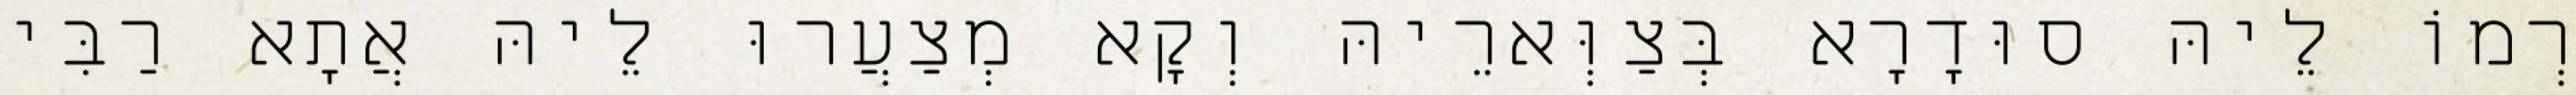
רְמוֹ לֵיהּ סוּדָרָא בְּצַוְּארֵיהּ וְקָא מְצַעֲרוּ לֵיהּ אֲתָא רַבִּי